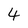
Character: 4